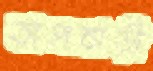
তালবাড়ী